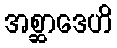
အစ္ဆာဒေဟိ